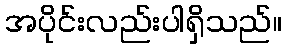
အပိုင်းလည်းပါရှိသည်။